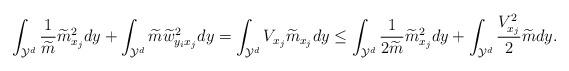
LaTeX: \begin{align*} \int_{\mathcal{Y}^d}\frac{1}{\widetilde{m}}\widetilde{m}^2_{x_j}dy+\int_{\mathcal{Y}^d}\widetilde{m}\widetilde{w}_{y_ix_j}^2dy=\int_{\mathcal{Y}^d}V_{x_j}\widetilde{m}_{x_j}dy\leq\int_{\mathcal{Y}^d}\frac{1}{2\widetilde{m}}\widetilde{m}_{x_j}^2dy+\int_{\mathcal{Y}^d}\frac{V_{x_j}^2}{2}\widetilde{m}dy. \end{align*}